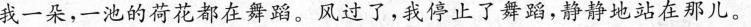
我一朵，一池的荷花都在舞蹈。风过了，我停止了舞蹈，静静地站在那儿。